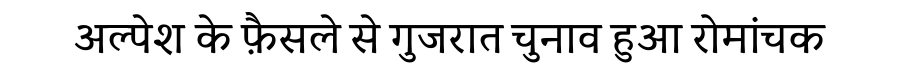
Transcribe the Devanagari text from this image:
अल्पेश के फ़ैसले से गुजरात चुनाव हुआ रोमांचक